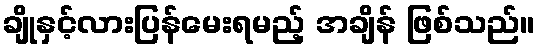
ချိုနှင့်လားပြန်မေးရမည့် အချိန် ဖြစ်သည်။